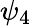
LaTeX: \psi_{4}